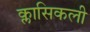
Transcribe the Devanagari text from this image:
क्लासिकली